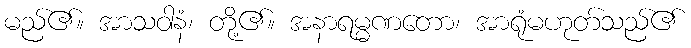
မည်၏။ အာသဝါနံ၊ တို့၏။ အနာရမ္မဏတော၊ အာရုံမဟုတ်သည်၏